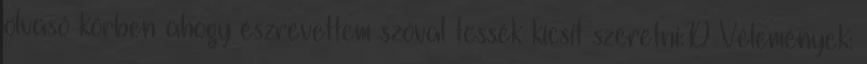
olvasó körben ahogy észrevettem szóval tessék kicsit szeretni:D Vélemények: